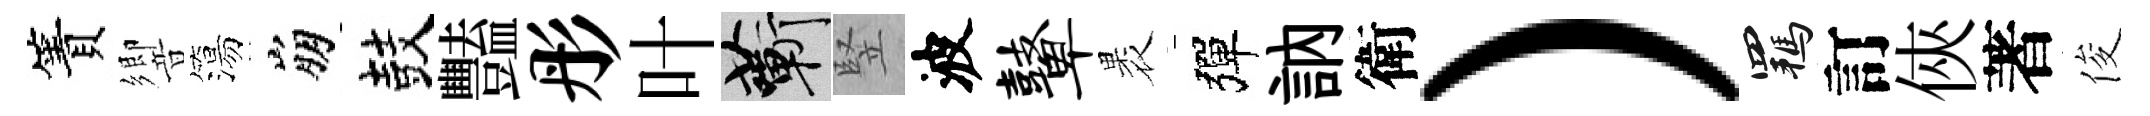
簀響簜崩鼓豔彤叶蔪竪波鼙褁彈訥衛）羈訂俠著俊